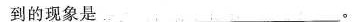
到的现象是_____________________。